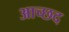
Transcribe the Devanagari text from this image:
आच्छद